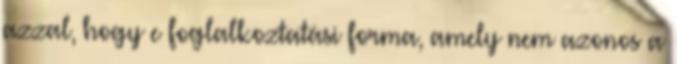
azzal, hogy e foglalkoztatási forma, amely nem azonos a